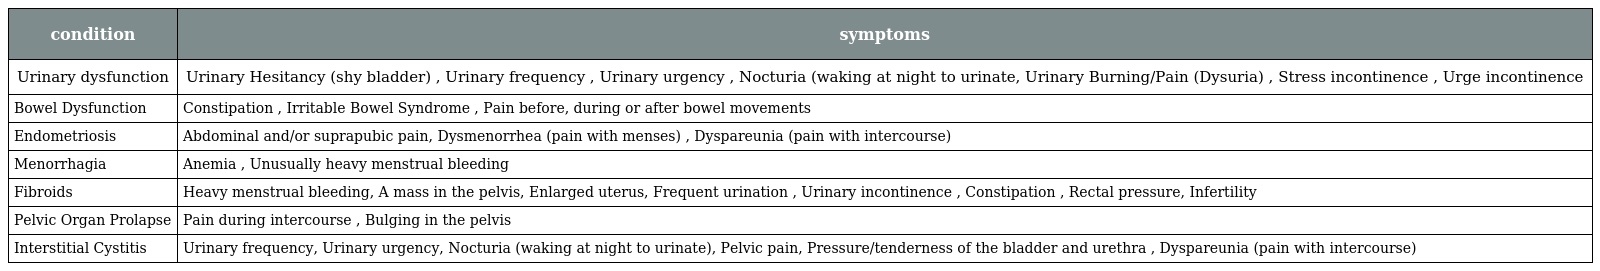
| condition | symptoms |
 | --- | --- |
 | Urinary dysfunction | Urinary Hesitancy (shy bladder) , Urinary frequency , Urinary urgency , Nocturia (waking at night to urinate, Urinary Burning/Pain (Dysuria) , Stress incontinence , Urge incontinence |
 | Bowel Dysfunction | Constipation , Irritable Bowel Syndrome , Pain before, during or after bowel movements |
 | Endometriosis | Abdominal and/or suprapubic pain, Dysmenorrhea (pain with menses) , Dyspareunia (pain with intercourse) |
 | Menorrhagia | Anemia , Unusually heavy menstrual bleeding |
 | Fibroids | Heavy menstrual bleeding, A mass in the pelvis, Enlarged uterus, Frequent urination , Urinary incontinence , Constipation , Rectal pressure, Infertility |
 | Pelvic Organ Prolapse | Pain during intercourse , Bulging in the pelvis |
 | Interstitial Cystitis | Urinary frequency, Urinary urgency, Nocturia (waking at night to urinate), Pelvic pain, Pressure/tenderness of the bladder and urethra , Dyspareunia (pain with intercourse) |